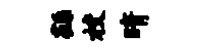
繇校晴